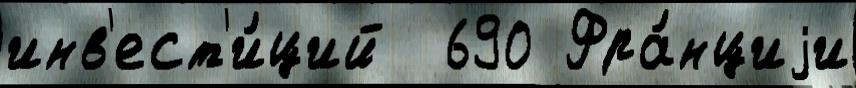
инв'ест'и́ций  690 Фра́нциjи